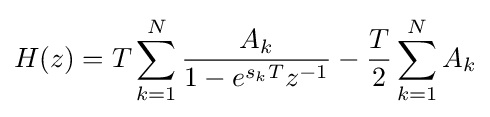
H(z)=T\sum _{k=1}^{N}{{\frac {A_{k}}{1-e^{s_{k}T}z^{-1}}}-{\frac {T}{2}}\sum _{k=1}^{N}A_{k}}